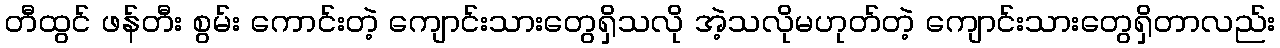
တီထွင် ဖန်တီး စွမ်း ကောင်းတဲ့ ကျောင်းသားတွေရှိသလို အဲ့သလိုမဟုတ်တဲ့ ကျောင်းသားတွေရှိတာလည်း